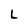
Character: L